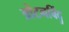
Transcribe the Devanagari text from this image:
त्रोटनबिंदु